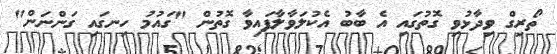
ތޯރިގް ވިދާޅުވި ގޮތުގައި އެ ބާބު އެކުލަވާލާފައިވާ ގޮތުން "ގައުމު ހިނގައި ގަންނަން"